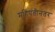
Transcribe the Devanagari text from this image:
महिपतीनंतर